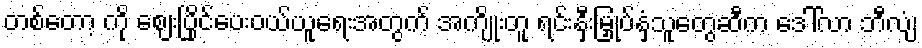
တစ်တော့ ကို ဈေးပြိုင်ပေးဝယ်ယူရေးအတွက် အကျိုးတူ ရင်းနှီးမြှုပ်နှံသူတွေဆီက ဒေါ်လာ ဘီလျံ